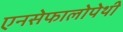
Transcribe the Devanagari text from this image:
एनसेफालोपेथी